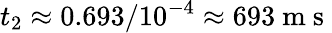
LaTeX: t_{2}\approx 0.693/10^{-4}\approx 693\mathrm{~m~s~}